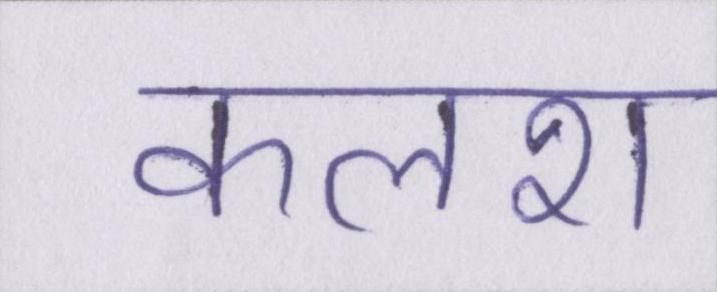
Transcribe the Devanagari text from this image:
कलश